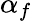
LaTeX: \alpha_{f}